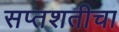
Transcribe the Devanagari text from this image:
सप्तशतीचा